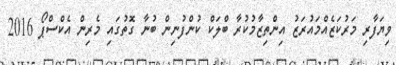
ވިޔަފާރި މަރުކަޒެއްމައުރަޒު އިންތިޒާމުކުރާ ބްލަކް ކުންފުނިން ބުނާ ގޮތުގައި މެރިން އެކްސްޕޯ 2016